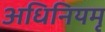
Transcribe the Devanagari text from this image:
अधिनियमृ